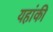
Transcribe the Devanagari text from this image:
यहांकी